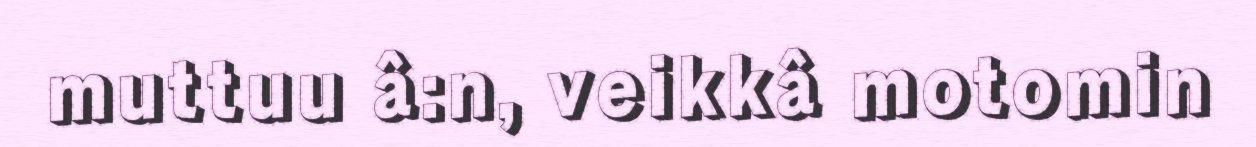
muttuu â:n, veikkâ motomin